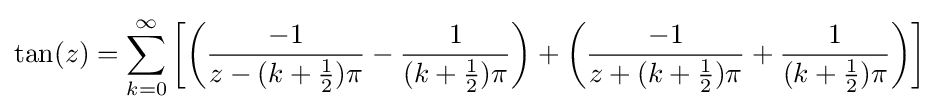
\tan(z)=\sum _{k=0}^{\infty }\left[\left({\frac {-1}{z-(k+{\frac {1}{2}})\pi }}-{\frac {1}{(k+{\frac {1}{2}})\pi }}\right)+\left({\frac {-1}{z+(k+{\frac {1}{2}})\pi }}+{\frac {1}{(k+{\frac {1}{2}})\pi }}\right)\right]